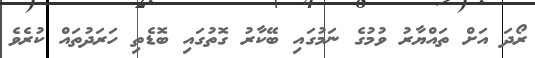
ރޯދަ އަށް ތައްޔާރު ވުމުގެ ނަމުގައި ބޭކާރު ގޮތުގައި ބޮޑެތި ހަރަދުތައް ކުރެވެ